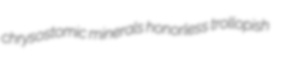
chrysostomic minerals honorless trollopish